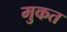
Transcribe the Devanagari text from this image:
मुकत